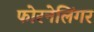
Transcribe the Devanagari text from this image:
फोरनेलिंगर